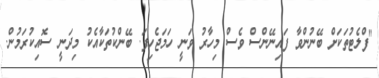
"ފްލެޓުތަކަށް ބޭނުންވާ ފައިނޭންސް ވެސް މިހާރު ވަނީ ހަމަޖެހިފަ. ބޭންކުތަކާއެކު މިދަނީ ސޮއިކުރަމުން.